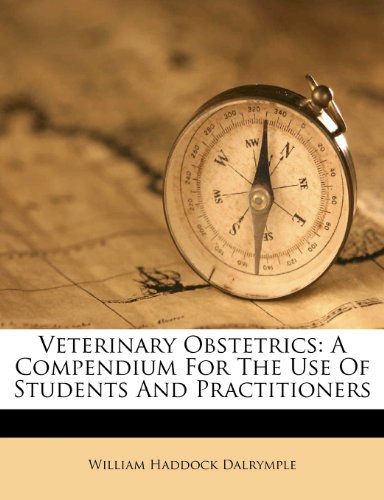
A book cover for Veterinary Obstetrics: A Compendium For The Use Of Students And Practitioners; William Haddock Dalrymple; Medical Books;